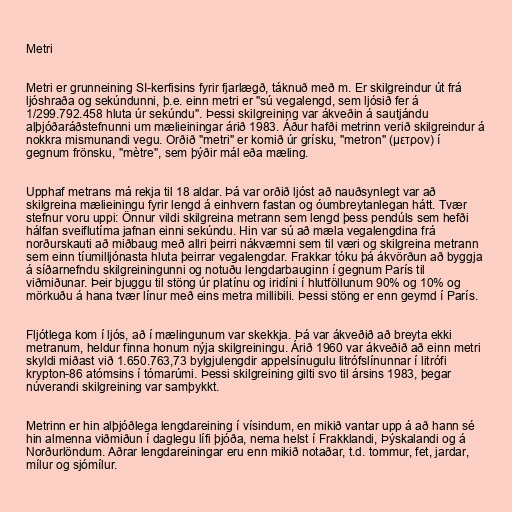
Metri

Metri er grunneining SI-kerfisins fyrir fjarlægð, táknuð með m. Er skilgreindur út frá
ljóshraða og sekúndunni, þ.e. einn metri er "sú vegalengd, sem ljósið fer á
1/299.792.458 hluta úr sekúndu". Þessi skilgreining var ákveðin á sautjándu
alþjóðaráðstefnunni um mælieiningar árið 1983. Áður hafði metrinn verið skilgreindur á
nokkra mismunandi vegu. Orðið "metri" er komið úr grísku, "metron" (μετρον) í
gegnum frönsku, "mètre", sem þýðir mál eða mæling.

Upphaf metrans má rekja til 18 aldar. Þá var orðið ljóst að nauðsynlegt var að
skilgreina mælieiningu fyrir lengd á einhvern fastan og óumbreytanlegan hátt. Tvær
stefnur voru uppi: Önnur vildi skilgreina metrann sem lengd þess pendúls sem hefði
hálfan sveiflutíma jafnan einni sekúndu. Hin var sú að mæla vegalengdina frá
norðurskauti að miðbaug með allri þeirri nákvæmni sem til væri og skilgreina metrann
sem einn tíumilljónasta hluta þeirrar vegalengdar. Frakkar tóku þá ákvörðun að byggja
á síðarnefndu skilgreiningunni og notuðu lengdarbauginn í gegnum París til
viðmiðunar. Þeir bjuggu til stöng úr platínu og iridíni í hlutföllunum 90% og 10% og
mörkuðu á hana tvær línur með eins metra millibili. Þessi stöng er enn geymd í París.

Fljótlega kom í ljós, að í mælingunum var skekkja. Þá var ákveðið að breyta ekki
metranum, heldur finna honum nýja skilgreiningu. Árið 1960 var ákveðið að einn metri
skyldi miðast við 1.650.763,73 bylgjulengdir appelsínugulu litrófslínunnar í litrófi
krypton-86 atómsins í tómarúmi. Þessi skilgreining gilti svo til ársins 1983, þegar
núverandi skilgreining var samþykkt.

Metrinn er hin alþjóðlega lengdareining í vísindum, en mikið vantar upp á að hann sé
hin almenna viðmiðun í daglegu lífi þjóða, nema helst í Frakklandi, Þýskalandi og á
Norðurlöndum. Aðrar lengdareiningar eru enn mikið notaðar, t.d. tommur, fet, jardar,
mílur og sjómílur.